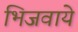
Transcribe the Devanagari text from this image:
भिजवाये